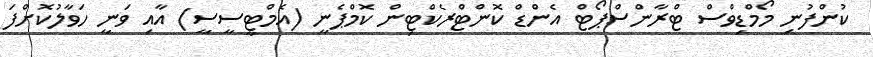
ކުންފުނި މޯމްޑިވްސް ޓްރާންސްޕޯޓް އެންޑް ކޮންޓްރެކްޓިން ކޮމްޕެނީ (އެމްޓީސީސީ) އާއި ވަނީ ހަވާލުކޮށްފަ